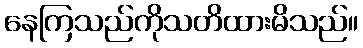
နေကြသည်ကိုသတိထားမိသည်။